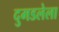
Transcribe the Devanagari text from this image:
दुमडलेला